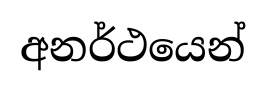
අනර්ථයෙන්